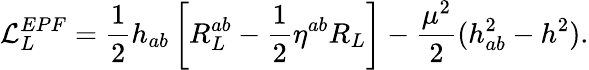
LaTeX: {\cal L}_{L}^{EPF}=\frac{1}{2}h_{ab}\left[R_{L}^{ab}-\frac{1}{2}\eta^{ab}R_{L}\right]-\frac{\mu^{2}}{2}(h_{ab}^{2}-h^{2}).